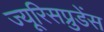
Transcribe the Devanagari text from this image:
ज्यूरिसप्रुडेंस